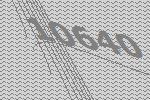
10640